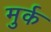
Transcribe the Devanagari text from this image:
मुर्क